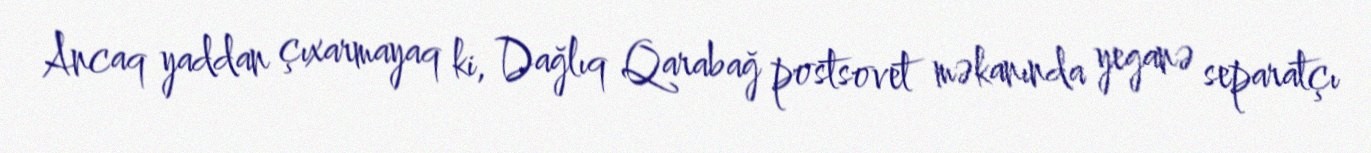
Ancaq yaddan çıxarmayaq ki, Dağlıq Qarabağ postsovet məkanında yeganə separatçı